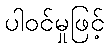
ပါဝင်မှုဖြင့်